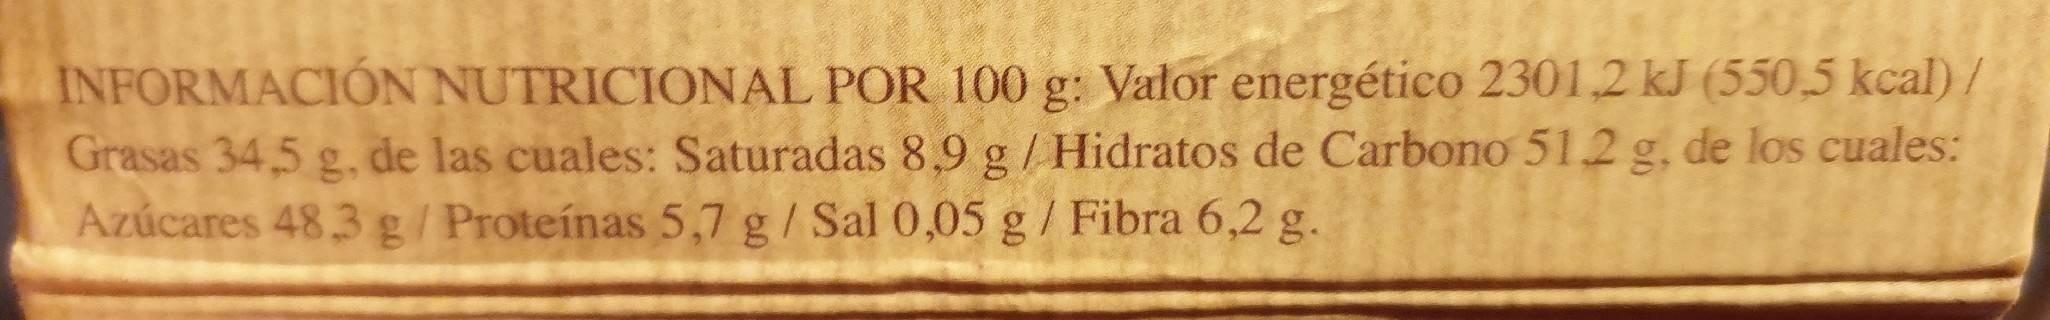
INFORMACIÓN NUTRICIONAL POR 100 g: Valor energético 2301,2 kJ (550,5 kcal) / Grasas 34,5 g. de las cuales: Saturadas 8,9 g / Hidratos de Carbono 51.2 g, de los cuales: Azúcares 48 3 g/Proteínas 5,7 g/Sal 0,05 g/ Fibra 6,2 g.